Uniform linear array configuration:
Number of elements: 12
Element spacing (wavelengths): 0.5
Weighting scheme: hamming
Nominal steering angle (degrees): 15
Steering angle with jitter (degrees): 14.801
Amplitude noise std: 0.05
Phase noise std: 0.05

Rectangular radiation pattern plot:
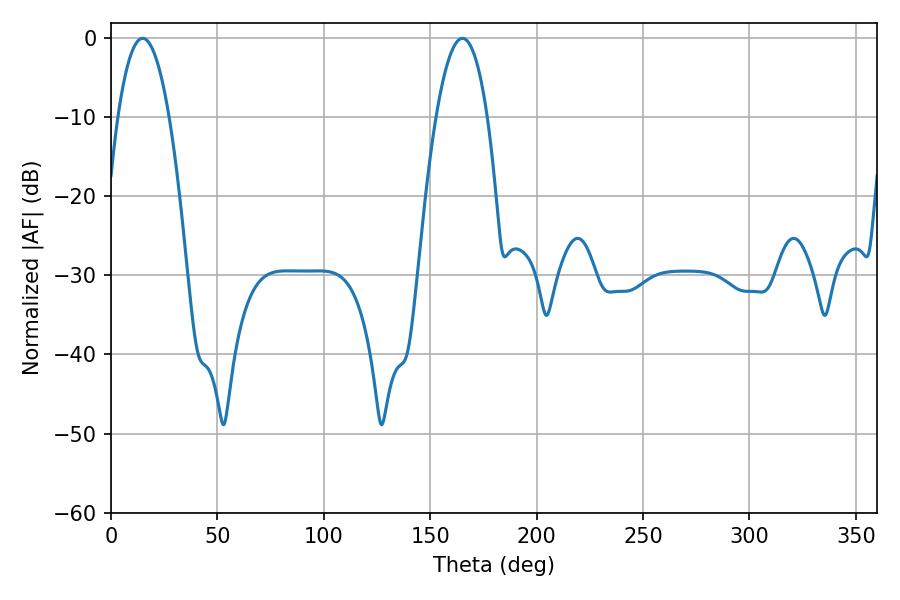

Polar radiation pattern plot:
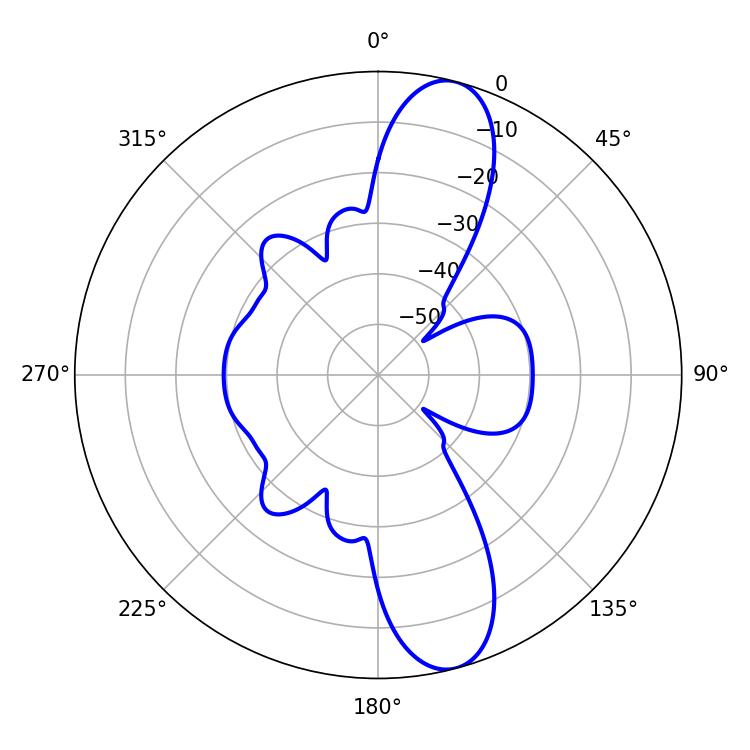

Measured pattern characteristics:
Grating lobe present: FALSE
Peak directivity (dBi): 11.954
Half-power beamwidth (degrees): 13.32
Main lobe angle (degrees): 14.94